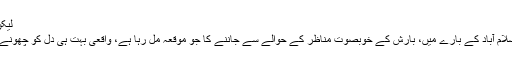
لیکن الحمدللہ
بہرحال اسلام آباد کے بارے میں‌، بارش کے خوبصوت مناظر کے حوالے سے جاننے کا جو موقعہ مل رہا ہے، واقعی بہت ہی دل کو چھونے والا ہے۔